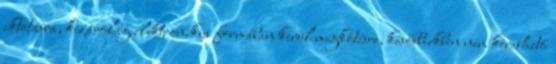
iktatásra, kizárólag elektronikus formában kerül megkötésre, későbbiekben nem kereshető